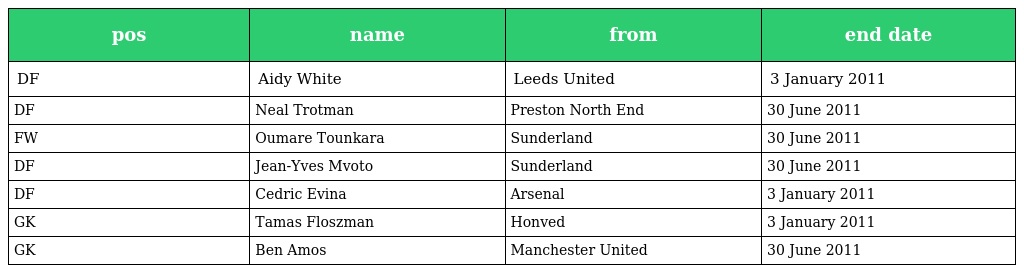
| pos | name | from | end date |
 | --- | --- | --- | --- |
 | DF | Aidy White | Leeds United | 3 January 2011 |
 | DF | Neal Trotman | Preston North End | 30 June 2011 |
 | FW | Oumare Tounkara | Sunderland | 30 June 2011 |
 | DF | Jean-Yves Mvoto | Sunderland | 30 June 2011 |
 | DF | Cedric Evina | Arsenal | 3 January 2011 |
 | GK | Tamas Floszman | Honved | 3 January 2011 |
 | GK | Ben Amos | Manchester United | 30 June 2011 |